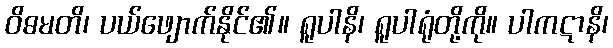
ဝိဓမတိ၊ ပယ်ဖျောက်နိုင်၏။ ရူပါနိ၊ ရူပါရုံတို့ကို။ ပါကဋာနိ၊